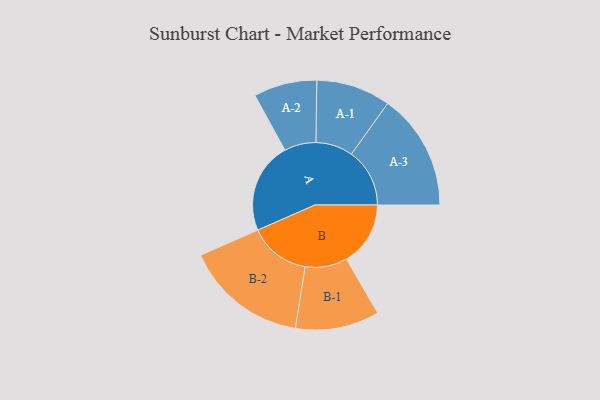
{"axis": {"x": "Segment", "y": "Value"}, "legend": ["", "A", "B"], "data": [{"x": "A", "y": 362, "type": ""}, {"x": "B", "y": 255, "type": ""}, {"x": "A-1", "y": 148, "type": "A"}, {"x": "A-2", "y": 126, "type": "A"}, {"x": "A-3", "y": 232, "type": "A"}, {"x": "B-1", "y": 167, "type": "B"}, {"x": "B-2", "y": 244, "type": "B"}]}